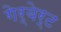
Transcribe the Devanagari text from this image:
गेर्बेर्ट